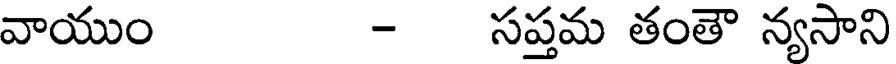
వాయుం - సప్తమ తంతౌ న్యసాని